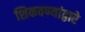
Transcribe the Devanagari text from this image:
शिकवण्यांद्वारे